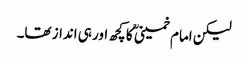
لیکن امام خمینی ؒ کا کچھ اور ہی انداز تھا۔